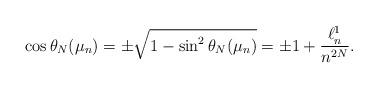
LaTeX: \begin{align*}\cos \theta_N(\mu_n)= \pm\sqrt{1-\sin^2\theta_N(\mu_n)}= \pm 1+ \frac{\ell^1_n}{n^{2N}}.\end{align*}